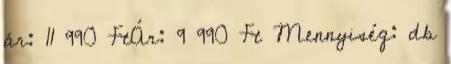
ár: 11 990 FtÁr: 9 990 Ft Mennyiség: db